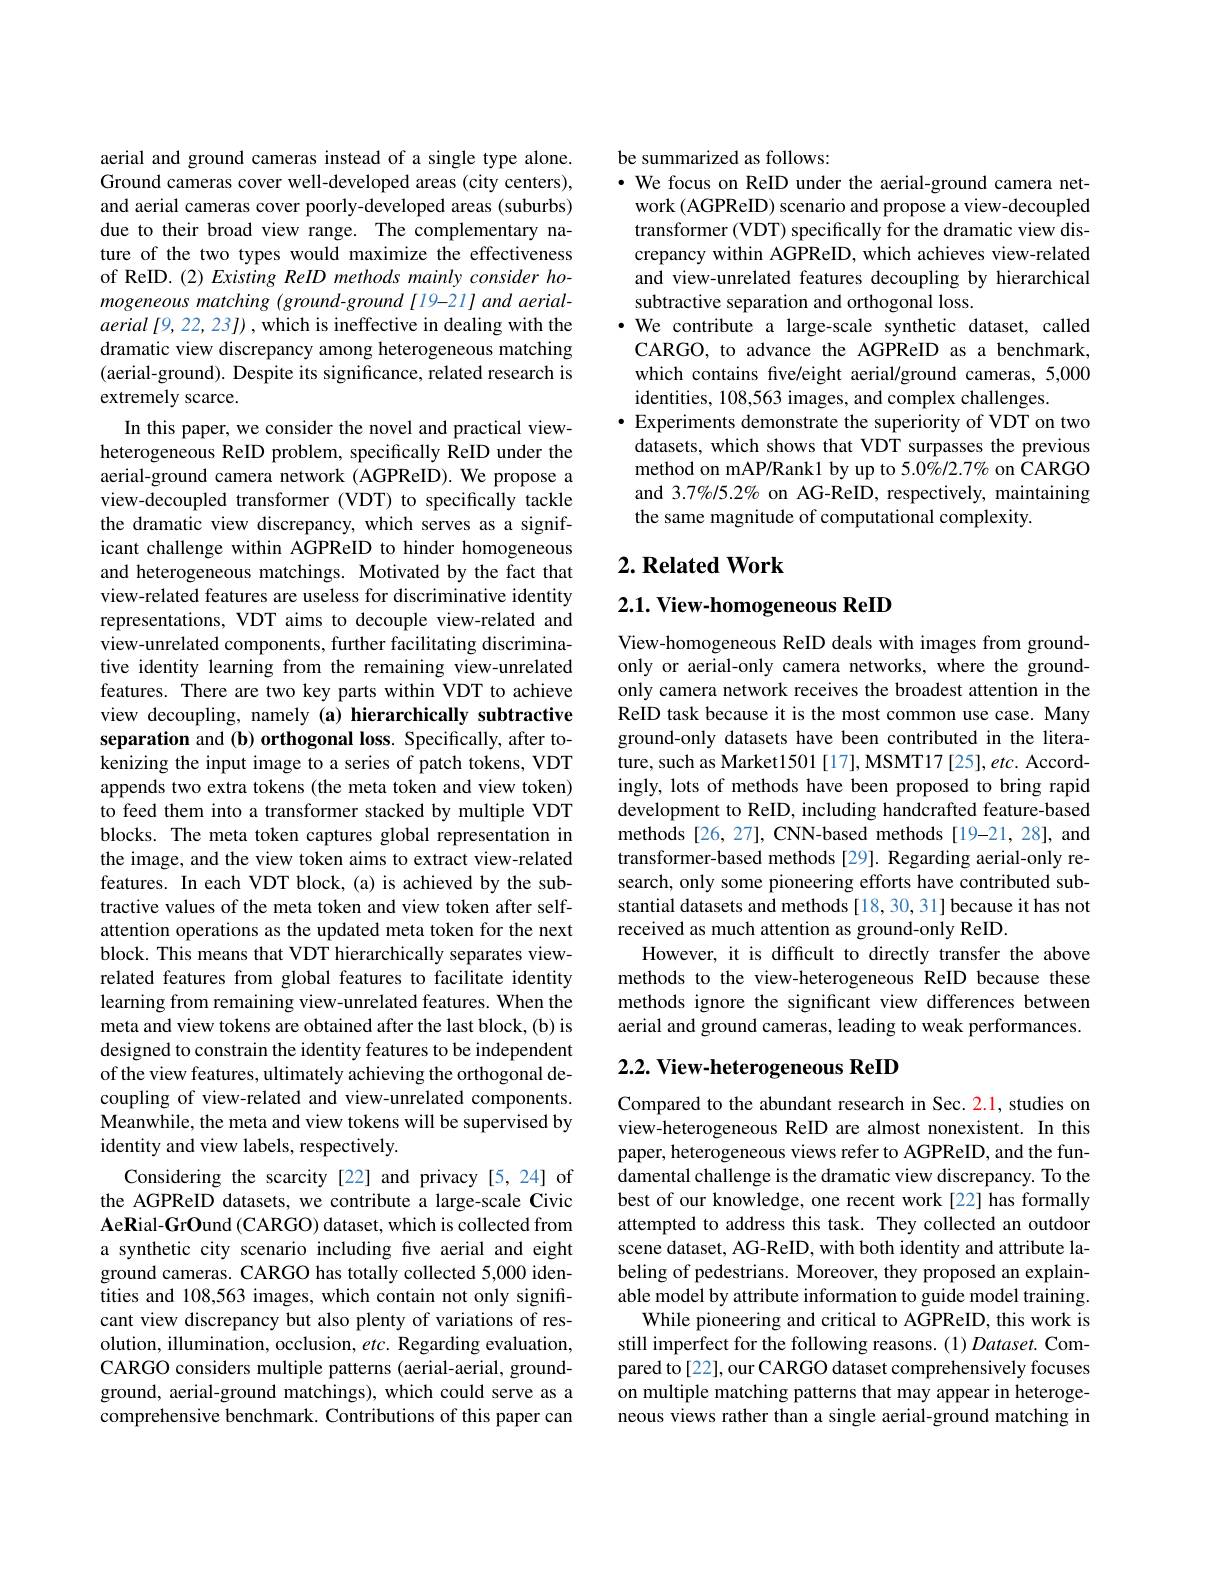
aerial and ground cameras instead of a single type alone. Ground cameras cover well-developed areas (city centers), and aerial cameras cover poorly-developed areas (suburbs) due to their broad view range. The complementary nature of the two types would maximize the effectiveness of ReID. (2) Existing ReID methods mainly consider homogeneous matching (ground-ground[19-21]and aerialaerial [9, 22, 23]) , which is ineffective in dealing with the dramatic view discrepancy among heterogeneous matching (aerial-ground). Despite its significance, related research is extremely scarce.
In this paper, we consider the novel and practical viewheterogeneous ReID problem, specifically ReID under the aerial-ground camera network (AGPReID). We propose a view-decoupled transformer (VDT) to specifically tackle the dramatic view discrepancy, which serves as a significant challenge within AGPReID to hinder homogeneous and heterogeneous matchings. Motivated by the fact that view-related features are useless for discriminative identity representations, VDT aims to decouple view-related and view-unrelated components, further facilitating discriminative identity learning from the remaining view-unrelated features. There are two key parts within VDT to achieve view decoupling, namely (a) hierarchically subtractive separation and (b) orthogonal loss. Specifically, after tokenizing the input image to a series of patch tokens, VDT appends two extra tokens (the meta token and view token) to feed them into a transformer stacked by multiple VDT blocks. The meta token captures global representation in the image, and the view token aims to extract view-related features. In each VDT block, (a) is achieved by the subtractive values of the meta token and view token after selfattention operations as the updated meta token for the next block. This means that VDT hierarchically separates viewrelated features from global features to facilitate identity learning from remaining view-unrelated features. When the meta and view tokens are obtained after the last block, (b) is designed to constrain the identity features to be independent of the view features, ultimately achieving the orthogonal decoupling of view-related and view-unrelated components. Meanwhile, the meta and view tokens will be supervised by identity and view labels, respectively.
Considering the scarcity [22] and privacy [5,24] of the AGPReID datasets, we contribute a large-scale Civic AeRial-GrOund (CARGO) dataset, which is collected from a synthetic city scenario including five aerial and eight ground cameras. CARGO has totally collected 5,000 identities and 108,563 images, which contain not only significant view discrepancy but also plenty of variations of resolution, illumination, occlusion, etc. Regarding evaluation, CARGO considers multiple patterns (aerial-aerial, groundground, aerial-ground matchings), which could serve as a comprehensive benchmark. Contributions of this paper can

### be summarized as follows:

·We focus on ReID under the aerial-ground camera net-
work (AGPReID) scenario and propose a view-decoupled transformer (VDT) specifically for the dramatic view discrepancy within AGPReID, which achieves view-related and view-unrelated features decoupling by hierarchical subtractive separation and orthogonal loss.
·We contribute a large-scale synthetic dataset, called
CARGO, to advance the AGPReID as a benchmark, which contains five/eight aerial/ground cameras, 5,000 identities, 108,563 images, and complex challenges.
$\bullet$ Experiments demonstrate the superiority of VDT on two datasets, which shows that VDT surpasses the previous method on mAP/Rank1 by up to 5.0%/2.7% on CARGO and 3.7%/5.2% on AG-ReID, respectively, maintaining the same magnitude of computational complexity.

## $2. \textbf{ Related Work}$

# 2.1. View- homogeneous ReID

View-homogeneous ReID deals with images from groundonly or aerial-only camera networks, where the groundonly camera network receives the broadest attention in the ReID task because it is the most common use case. Many ground-only datasets have been contributed in the literature, such as Market1501 [17], MSMT17 [25], etc. Accordingly, lots of methods have been proposed to bring rapid development to ReID, including handcrafted feature-based methods [26, 27], CNN-based methods [19-21, 28], and transformer-based methods [29]. Regarding aerial-only research, only some pioneering efforts have contributed substantial datasets and methods [18,30,31] because it has not received as much attention as ground-only ReID.
However, it is difficult to directly transfer the above methods to the view-heterogeneous ReID because these methods ignore the significant view differences between aerial and ground cameras, leading to weak performances.

# 2.2. View-heterogeneous ReID

Compared to the abundant research in Sec. 2.1, studies on view-heterogeneous ReID are almost nonexistent. In this paper, heterogeneous views refer to AGPReID, and the fundamental challenge is the dramatic view discrepancy. To the best of our knowledge, one recent work[22] has formally attempted to address this task. They collected an outdoor scene dataset, AG-ReID, with both identity and attribute labeling of pedestrians. Moreover, they proposed an explainable model by attribute information to guide model training.
While pioneering and critical to AGPReID, this work is still imperfect for the following reasons. (1) Dataset. Compared to[22], our CARGO dataset comprehensively focuses on multiple matching patterns that may appear in heterogeneous views rather than a single aerial-ground matching in